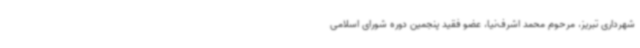
شهرداری تبریز، مرحوم محمد اشرف‌نیا، عضو فقید پنجمین دوره شورای اسلامی